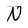
Character: N